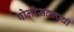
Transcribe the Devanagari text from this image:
पोलीसदलाची